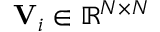
{ \bf V } _ { i } \in \mathbb { R } ^ { N \times N }